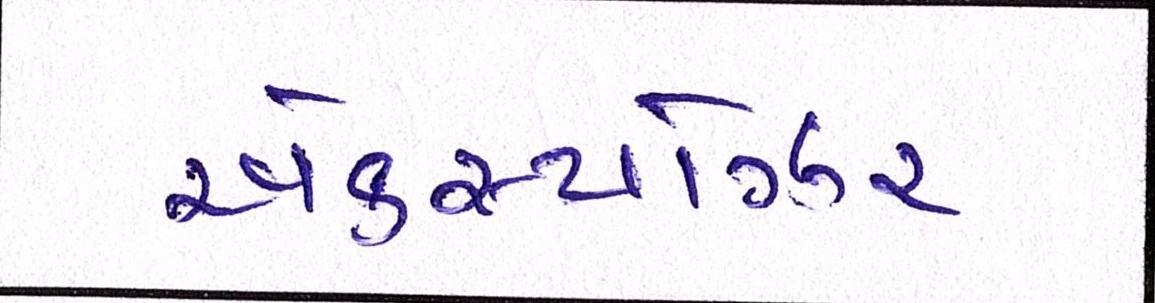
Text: એક્સ્પોઝર